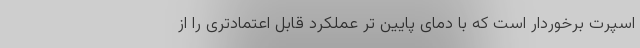
اسپرت برخوردار است که با دمای پایین تر عملکرد قابل اعتمادتری را از